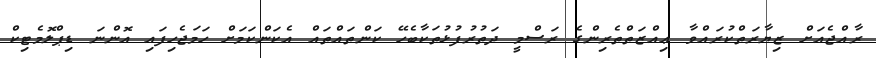
ރާއްޖެއަށް ޒިޔާރަތްކުރައްވާ ޢިއްޒަތްތެރިންގެ ރަސްމީ ދަތުރުފުޅުތަކާބެހޭ ކަންތައްތައް އެކަންކަމަށް ހަމަޖެހިފައި އޮންނަ ޑިޕްލޮމެޓިކް